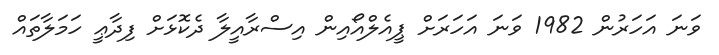
ވަނަ އަހަރުން 1982 ވަނަ އަހަރަށް ޕީއެލްއޯއިން އިސްރާއީލާ ދެކޮޅަށް ފިދާޢީ ހަމަލާތައް